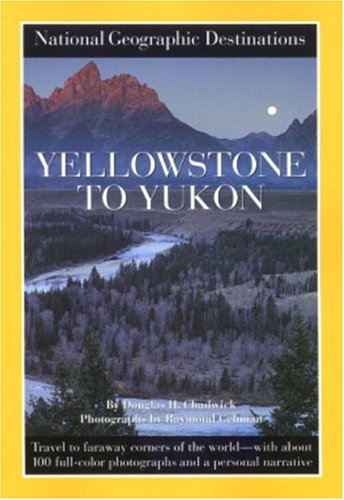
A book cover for Yellowstone to Yukon: National Geographic Destinations Series; Douglas Chadwick; Travel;